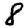
Digit: 8